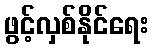
ဖွင့်လှစ်နိုင်ရေး